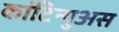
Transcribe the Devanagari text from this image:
कांटिन्युअस